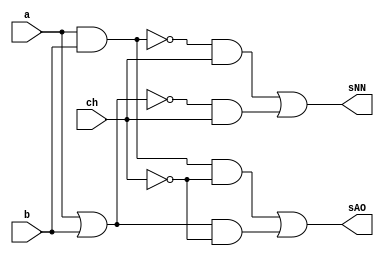
// ------------------------- 
// Exemplo0033
// Nome: Oswaldo Oliveira Paulino
// ------------------------- 

module LU (output sAO, output sNN, input a, input b, input ch);
	wire notCH,andAB,orAB,nandAB,norAB,and1,and2,and3,and4;
	
	not NOT1   (notCH, ch);
	and AND1   (andAB, a, b);
	or  OR1    (orAB, a, b);
	nand NAND1 (nandAB, a, b);
	nor NOR1   (norAB, a, b);
	and AND2   (and1, andAB, notCH);
	and AND3   (and2, orAB, notCH);
	and AND4   (and3, nandAB, ch);
	and AND5   (and4, norAB, ch);
	or OR2     (sAO, and1, and2);
	or OR3     (sNN, and3, and4);
endmodule 

module test_LU;
// ------------------------- definir dados
   reg x;
	reg y;
	reg ch;
	wire w;
	wire z;
	
	LU modulo (w, z, x, y, ch);
	
	initial begin: start
		x = 0; 
		y = 0;
		ch= 0;
	end
	
// ------------------------- parte principal
   initial begin
      $display("Exemplo0033 - Oswaldo Oliveira Paulino - 382175");
      $display("Test LU's module");
		$display ("---------------- CHAVE = 0 --------------------");
      $monitor("a = %b b = %b sANDOR = %b",x,y,w); 
		#1 
		x = 0; y = 1; ch = 0;  
		#1 
		x = 1; y = 0; ch = 0;
		#1
		x = 1; y = 1; ch = 0;
		#1
		$display ("---------------- CHAVE = 1 --------------------");
		$monitor("a = %b b = %b sNANDNOR = %b",x,y,z);
		x = 0; y = 0; ch = 1;
		#1
		x = 0; y = 1; ch = 1;
		#1 
		x = 1; y = 0; ch = 1;
		#1 
		x = 1; y = 1; ch = 1;
   end
endmodule // test_LU

/*
    Exemplo0033 - Oswaldo Oliveira Paulino - 382175
    Test LU's module
    ---------------- CHAVE = 0 --------------------
    a = 0 b = 0 sANDOR = 0
    a = 0 b = 1 sANDOR = 1
    a = 1 b = 0 sANDOR = 1
    a = 1 b = 1 sANDOR = 1
    ---------------- CHAVE = 1 --------------------
    a = 0 b = 0 sNANDNOR = 1
    a = 0 b = 1 sNANDNOR = 1
    a = 1 b = 0 sNANDNOR = 1
    a = 1 b = 1 sNANDNOR = 0
*/